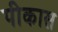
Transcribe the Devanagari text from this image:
पीकास